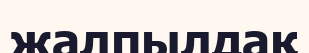
жалпылдақ